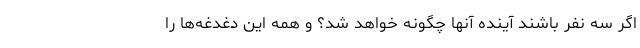
اگر سه نفر باشند آینده آنها چگونه خواهد شد؟ و همه این دغدغه‌ها را